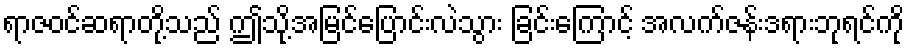
ရာဇဝင်ဆရာတို့သည် ဤသို့အမြင်ပြောင်းလဲသွား ခြင်းကြောင့် အလက်ဇန်းဒရားဘုရင်ကို